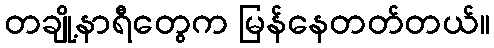
တချို့နာရီတွေက မြန်နေတတ်တယ်။